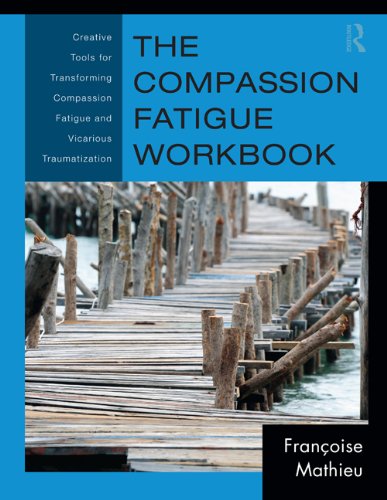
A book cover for The Compassion Fatigue Workbook: Creative Tools for Transforming Compassion Fatigue and Vicarious Traumatization (Psychosocial Stress Series); FranÃ§oise Mathieu; Medical Books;